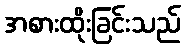
အစားထိုးခြင်းသည်